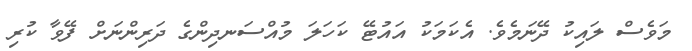
މަވެސް ލައިކު ދޭނަމެވެ. އެކަމަކު އައުޓޭ ކަހަލަ މުއްސަނދިންގެ ދަރިންނަށް ފޭވާ ކުރި